Lunatic asylums in Bengal annual reports 1888-1898 - 1888-1898
Year: 1888
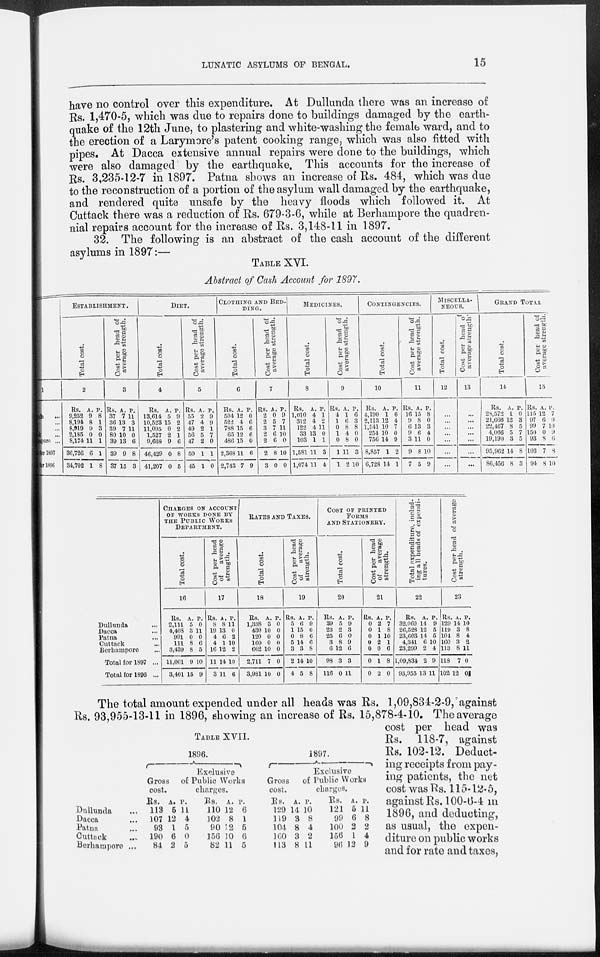
LUNATIC ASYLUMS OF BENGAL.
15
have no control over this expenditure. At Dullunda there was an increase of
Rs. 1,470-5, which was due to repairs done to buildings damaged by the earth-
quake of the 12th June, to plastering and white-washing the female ward, and to
the erection of a Larymore's patent cooking range, which was also fitted with
pipes. At Dacca extensive annual repairs were done to the buildings, which
were also damaged by the earthquake. This accounts for the increase of
Rs. 3,235-12-7 in 1897. Patna shows an increase of Rs. 484, which was due
to the reconstruction of a portion of the asylum wall damaged by the earthquake,
and rendered quite unsafe by the heavy floods which followed it. At
Cuttack there was a reduction of Rs. 679-3-6, while at Berhampore the quadren-
nial repairs account for the increase of Rs. 3,148-11 in 1897.
32. The following is an abstract of the cash account of the different
asylums in 1897:—
TABLE XVI.
Abstract of Cash Account for 1897.
1
Dullunda ...
Da c c a ...
Patna ...
Cuttack ...
Berhampore ...
for 1897
for 1896
ESTABLISHMENT.
Total cost.
2
Rs.
9,252
8,194
8,919
2,185
8,174
36,726
34,702
A.
9
8
9
0
11
6
1
P.
8
1
3
0
1
1
8
Cost per head of
average strength.
3
Rs.
37
36
39
80
39
39
37
A.
7
13
7
10
13
9
15
P.
11
3
11
0
6
8
3
DIET.
Total cost.
4
Rs.
13,614
10,523
11,095
1,527
9,668
46,429
41,207
A.
5
15
0
2
9
0
0
P.
9
2
2
1
6
8
5
Cost per head of
average strength.
5
Rs.
55
47
49
56
47
50
45
A.
2
4
2
5
2
1
1
P.
9
9
1
7
0
1
0
CLOTHING AND BED¬
DING.
Total cost.
6
Rs.
504
522
788
65
486
2,368
2,743
A.
12
4
15
12
15
11
7
P.
0
6
6
6
0
6
9
Cost per head of
average strength.
7
Rs.
2
2
3
2
2
2
3
A.
0
5
7
6
6
8
0
P.
9
7
11
10
0
10
0
MEDICINES.
Total cost.
8
Rs.
1,010
312
122
33
103
1,581
1,074
A.
4
4
4
13
1
11
11
P.
1
2
11
0
1
3
4
Cost per head of
average strength.
9
Rs.
4
1
0
1
0
1
1
A.
1
6
8
4
8
11
2
P.
6
3
8
0
0
3
10
CONTINGENCIES.
Total cost.
10
Rs.
4,190
2,113
1,541
254
756
8,857
6,728
A.
1
12
10
10
14
1
14
P.
6
4
7
0
9
2
1
Cost per head of
average strength.
11
Rs.
16
9
6
9
3
9
7
A.
15
8
13
6
11
8
5
P.
8
0
3
4
0
10
9
MISCELLA¬
NEOUS.
Total cost.
12
...
...
...
...
...
...
...
Cost per head of
average strength.
13
...
...
...
...
...
...
...
GRAND TOTAL
Total cost.
14
Rs.
28,572
21,666
23,467
4,066
19,190
95,962
86,456
A.
1
12
8
5
3
14
8
P.
0
3
5
7
5
8
3
Cost per head of
average strength.
15
Rs.
115
97
99
150
93
103
94
A.
12
6
7
0
8
7
8
P.
7
0
10
9
6
8
10
Dullunda ...
Dacca ...
Patna ...
Cuttack ...
Berhampore ...
Total for 1897 ...
Total for 1896 ...
CHARGES ON ACCOUNT
OF WORKS DONE BY
THE PUBLIC
WORKS
DEPARTMENT.
Total cost.
16
Rs.
2,111
4,408
991
111
3,439
11,061
3,401
A.
5
3
0
8
8
9
15
P.
0
11
0
6
5
10
9
Cost per head
of
average
strength.
17
Rs.
8
19
4
4
16
11
3
A.
8
13
6
1
12
14
11
P.
11
0
2
10
2
10
6
RATES AND TAXES.
Total cost.
18
Rs.
1,338
430
120
160
662
2,711
3,981
A.
3
10
0
0
10
7
10
p.
0
0
0
0
0
0
0
Cost per head
of
average
strength.
19
Rs.
5
1
0
5
3
2
4
A.
6
15
8
14
3
14
5
P.
9
0
6
6
8
10
8
COST OF PRINTED
FORMS
AND STATIONARY.
Total cost.
20
Rs.
39
23
25
3
6
98
116
A.
5
2
6
8
12
3
0
P.
9
3
0
9
6
3
11
Cost per head
of
average
strength.
21
Rs.
0
0
0
0
0
0
0
A.
2
1
1
2
0
1
2
P.
7
8
10
1
6
8
0
Total expenditure, includ-
ing all heads of expendi-
tures.
22
Rs.
32,060
26,528
23,603
4,341
23,299
l,09,834
93,955
A.
14
12
14
6
2
2
p.
9
5
5
10
4
9
13 11
Cost per head of average
strength.
23
Rs.
129
119
104
160
113
118
102
A.
14
3
8
3
8
7
12
P.
10
8
4
2
11
0
0
TABLE XVII.
Dullunda ...
Dacca ...
Patna...
Cuttack ...
Berhampore ...
1896.
Gross
cost.
Rs.
113
107
93
190
84
A.
5
12
1
6
2
Exclusive
of Public Works
charges.
P.
11
4
5
0
5
Rs.
110
102
90
156
82
A.
12
8
12
10
11
P.
6
1
5
6
5
1897.
Gross
cost.
Rs.
129
119
104
160
113
A.
14
3
8
3
8
Exclusive
of Public Works
charges.
P.
10
8
4
2
11
Rs.
121
99
100
156
96
A.
5
6
2
1
12
p.
11
8
2
4
9
The total amount expended under all heads was Rs. 1,09,834-2-9, against
Rs. 93,955-13-11 in 1896, showing an increase of Rs. 15,878-4-10. The average
cost per head was
Rs. 118-7, against
Rs. 102-12. Deduct-
ing receipts from pay-
ing patients, the net
cost was Rs. 115-12-5,
against Rs. 100-6-4 in
1896, and deducting,
as usual, the expen-
diture on public works
and for rate and taxes,